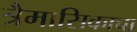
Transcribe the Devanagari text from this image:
त्रैमासिकाचा